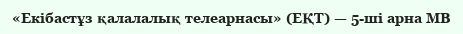
«Екiбастұз қалалалық телеарнасы» (ЕҚТ) — 5-шi арна МВ